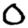
Digit: 0